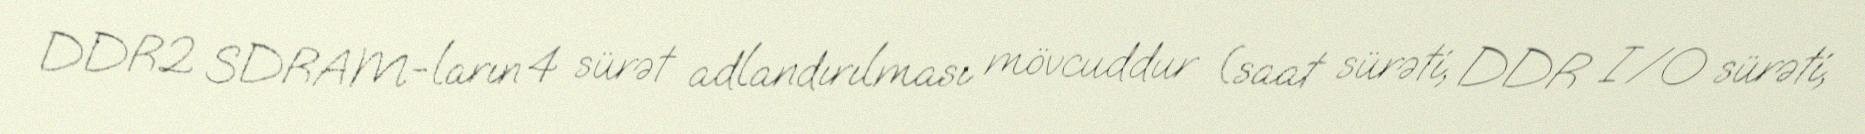
DDR2 SDRAM-ların 4 sürət adlandırılması mövcuddur (saat sürəti, DDR I/O sürəti,